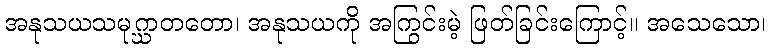
အနုသယသမုဂ္ဃာတတော၊ အနုသယကို အကြွင်းမဲ့ ဖြတ်ခြင်းကြောင့်။ အသေသော၊